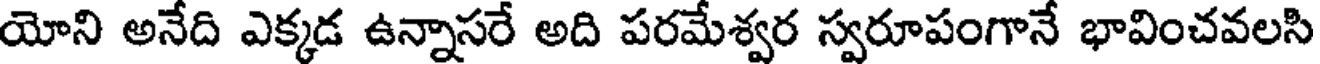
యోని అనేది ఎక్కడ ఉన్నాసరే అది పరమేశ్వర స్వరూపంగానే భావించవలసి